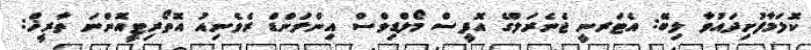
ކޮލަމާފުށިދައުވާ ލިބޭ: އެޓަރނީ ޖެނެރަލްގެ އޮފީސް މޯލްޑިވްސް އިންލަންޑް ރެވެނިއު އޮތޯރިޓީއޮންނަ ތާރީޚް: